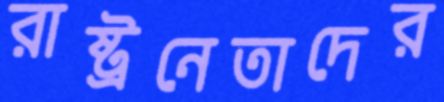
রাষ্ট্রনেতাদের